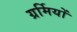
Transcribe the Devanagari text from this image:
ग्रर्मियों